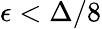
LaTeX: \epsilon<\Delta/8